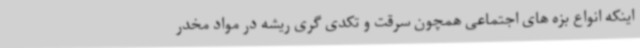
اینکه انواع بزه های اجتماعی همچون سرقت و تکدی گری ریشه در مواد مخدر